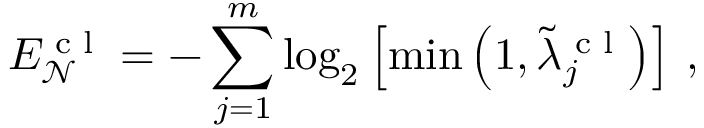
E _ { \mathcal { N } } ^ { \textrm { c l } } = - \sum _ { j = 1 } ^ { m } \log _ { 2 } \left[ \operatorname* { m i n } \left( 1 , \tilde { \lambda } _ { j } ^ { \textrm { c l } } \right) \right] \, ,